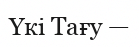
Үкі Тағу —